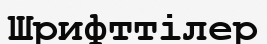
Шрифттілер